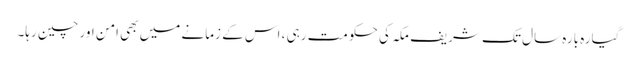
گیارہ بارہ سال تک شریف مکہ کی حکومت رہی ، اس کے زمانے میں بھی امن اور چین رہا۔